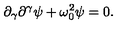
\partial _ { \gamma } \partial ^ { \gamma } \psi + \omega _ { 0 } ^ { 2 } \psi = 0 .